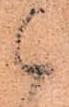
候